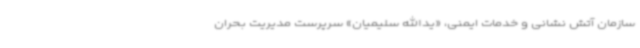
سازمان آتش نشانی و خدمات ایمنی، «یدالله سلیمیان» سرپرست مدیریت بحران